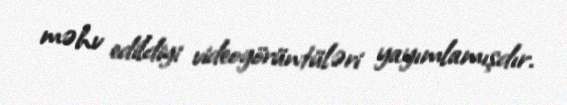
məhv edildiyi videogörüntüləri yayımlamışdır.